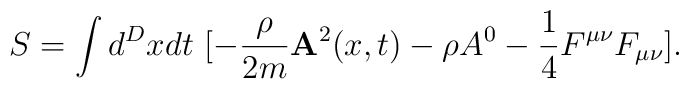
S = \int d^Dx dt~[- \frac{\rho}{2 m} {\bf A}^2(x,t) - \rho A^0 - \frac{1}{4} F^{\mu\nu} F_{\mu\nu}] .